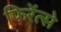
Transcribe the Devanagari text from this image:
फिरेंत्से